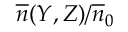
\overline { { n } } ( Y , Z ) / \overline { { n } } _ { 0 }